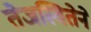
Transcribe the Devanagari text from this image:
तेजस्वितेने